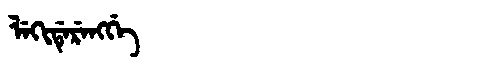
Manchu: ᠯᡝᡴᡳᡩᡝᡵᡝᠩᡤᡝ
Romanization: LEKIDERENGGE